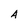
Character: A